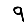
Digit: 9